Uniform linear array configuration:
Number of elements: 16
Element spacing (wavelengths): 1
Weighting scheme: binomial
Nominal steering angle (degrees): -60
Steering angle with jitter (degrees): -60.656
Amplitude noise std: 0.05
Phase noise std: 0.05

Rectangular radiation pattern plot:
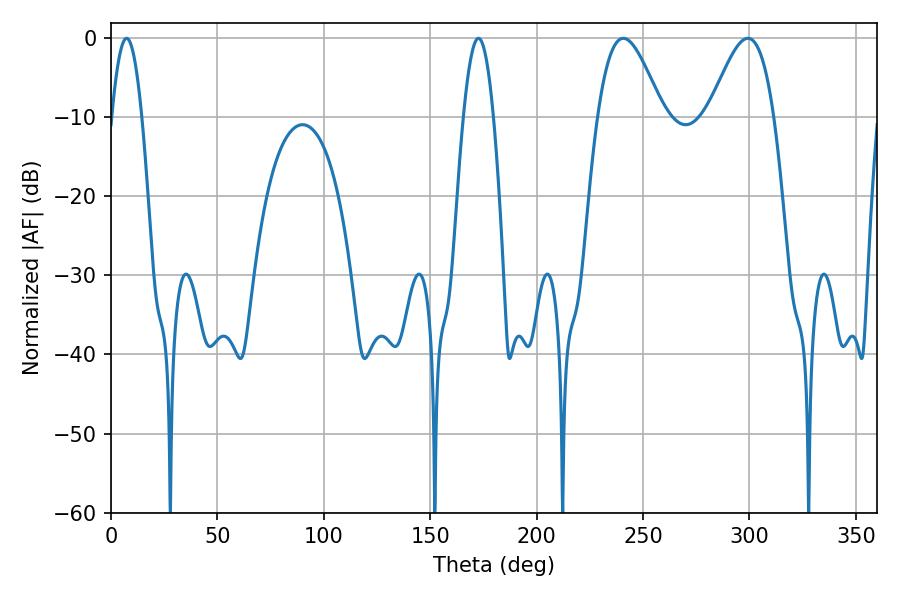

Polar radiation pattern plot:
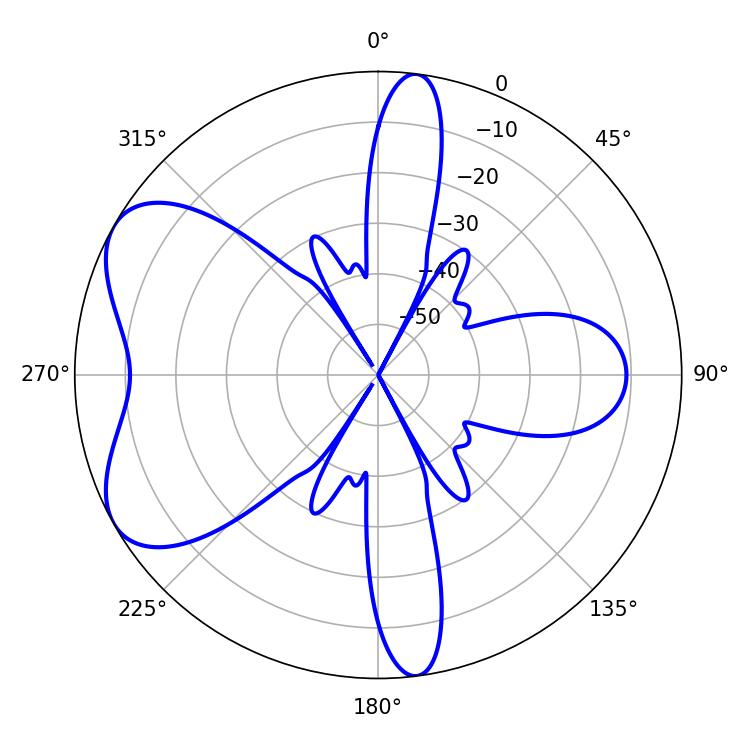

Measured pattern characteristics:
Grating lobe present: TRUE
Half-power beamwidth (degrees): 16.38
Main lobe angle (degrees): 240.66